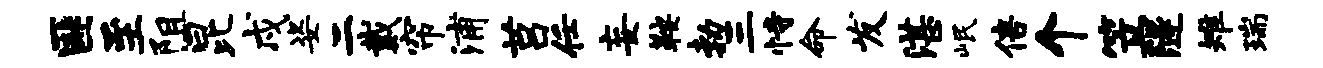
匪至阻昆戍姿二戴帘浦莒任妄鞍勃三恃命发湛岷倍个笠隧雉瑞